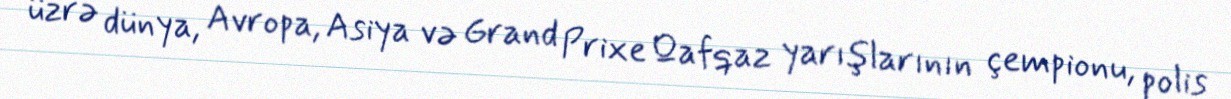
üzrə dünya, Avropa, Asiya və Grand Prixe Qafqaz yarışlarının çempionu, polis